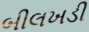
બીલખડી